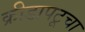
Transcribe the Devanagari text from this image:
क्रीडापटूचा